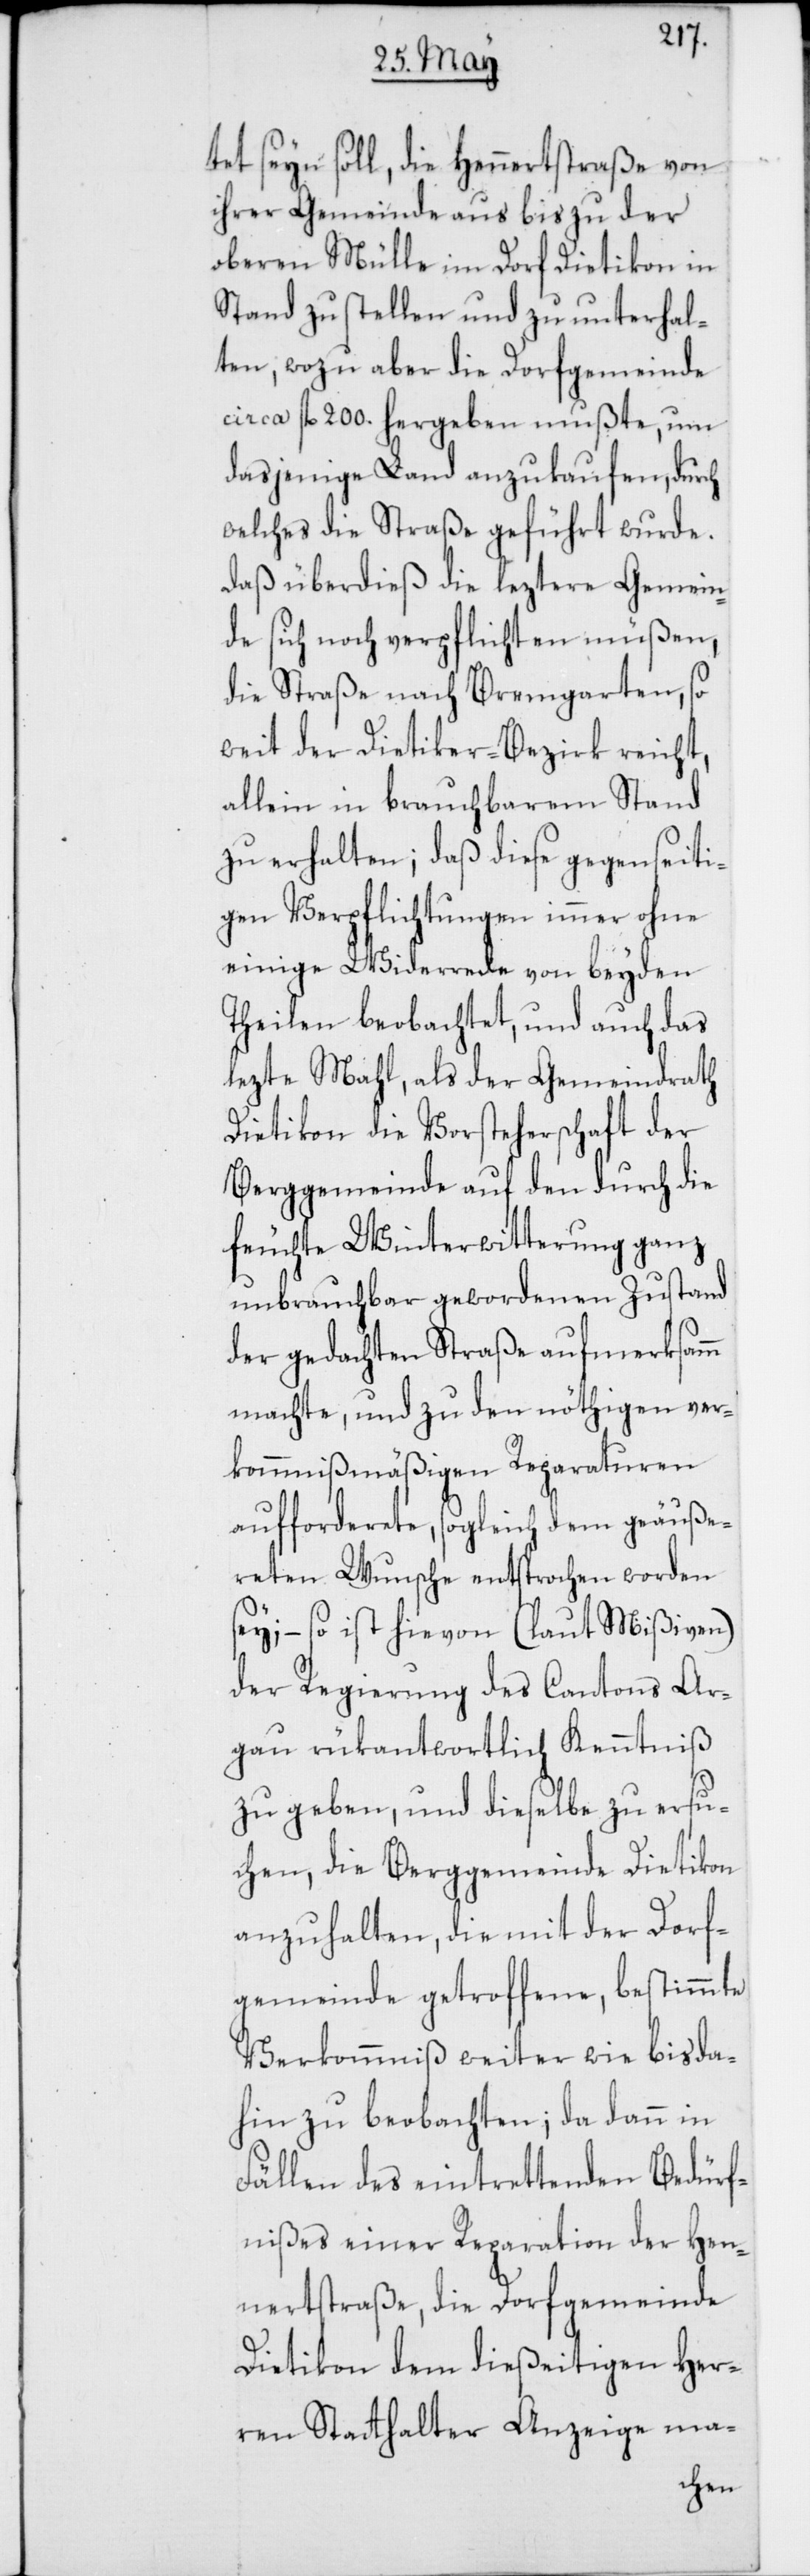
tet seyn soll, die Hennertstraße von
ihrer Gemeinde aus bis zu der
oberen Mülle im Dorf Dietikon in
Stand zu stellen und zu unterhal¬
ten; wozu aber die Dorfgemeinde
circa fl. 200. hergeben mußte, um
dasjenige Land anzukaufen, durch
welches die Straße geführt wurde,
daß überdieß die leztere Gemein¬
de sich noch verpflichten müßen,
die Straße nach Bremgarten, so
weit der Dietiker-Bezirk reicht,
allein in brauchbarem Stand
zu erhalten; daß diese gegenseiti¬
gen Verpflichtungen immer ohne
einige Widerrede von beyden
Theilen beobachtet, und auch das
lezte Mahl, als der Gemeindrath
Dietikon die Vorsteherschaft der
Berggemeinde auf den durch die
feuchte Winterwitterung ganz
unbrauchbar gewordenen Zustand
der gedachten Straße aufmerksamm
machte, und zu den nöthigen ver¬
kommnißmäßigen Reparaturen
aufforderete, sogleich dem geäuße¬
reten Wunsche entsprochen worden
sey, – so ist hievon (laut Mißiven)
der Regierung des Cantons Ar¬
gau rükantwortlich Kenntniß
zu geben, und dieselbe zu ersu¬
chen, die Berggemeinde Dietikon
anzuhalten, die mit der Dorf¬
gemeinde getroffene, bestimmte
Verkommniß weiter wie bis da¬
hin zu beachten; da dann in
Fällen des eintrettenden Bedürf¬
nißes einer Reparation der Hen¬
nertstraße, die Dorfgemeinde
Dietikon dem dießeitigen Her¬
ren Stathalter Anzeige ma-